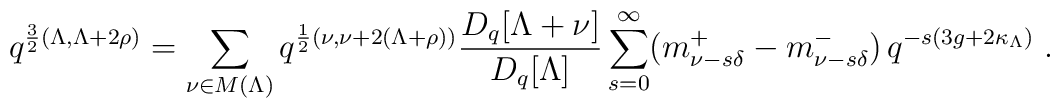
q^{\frac{3}{2}(\Lambda,\Lambda+2\rho)}=\sum_{\nu\in M(\Lambda)} q^{\frac{1}{2}(\nu,\nu+2(\Lambda+\rho))} \frac{D_q[\Lambda+\nu]}{D_q[\Lambda]} \sum_{s=0}^\infty (m_{\nu-s\delta}^+-m^-_{\nu-s\delta})\,  q^{-s(3g+2\kappa_\Lambda)}\;.